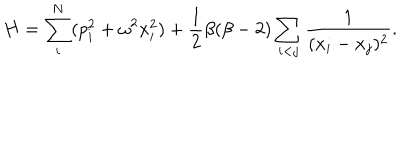
H = \sum _ { i } ^ { N } ( p _ { i } ^ { 2 } + \omega ^ { 2 } x _ { i } ^ { 2 } ) + { \frac { 1 } { 2 } } \beta ( \beta - 2 ) \sum _ { i < j } { \frac { 1 } { ( x _ { i } - x _ { j } ) ^ { 2 } } } .